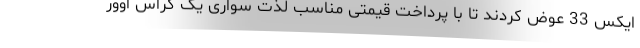
ایکس 33 عوض کردند تا با پرداخت قیمتی مناسب لذت سواری یک کراس اوور